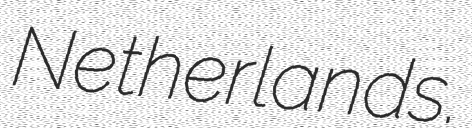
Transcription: Netherlands.